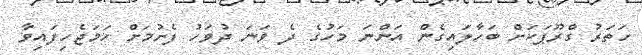
ހަތަރު ގްރޫޕަކަށް ބަހާލައިގެން އަންނަ މަހުގެ ދެ ވަނަ ދުވަހު ފެށުމަށް ހަމަޖެހިފައިވާ